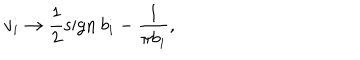
LaTeX: v _ { i } \to \frac { 1 } { 2 } \mathrm { s i g n } \: b _ { i } - \frac { 1 } { \pi b _ { i } } ,